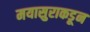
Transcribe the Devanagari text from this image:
मयासुराकडून